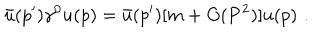
LaTeX: \bar { u } ( p ^ { \prime } ) \gamma ^ { 0 } u ( p ) = \bar { u } ( p ^ { \prime } ) [ m + O ( { \bf P } ^ { 2 } ) ] u ( p ) \, \, .